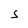
Character: S